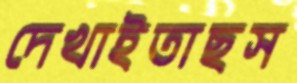
দেখাইতাছস